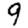
Digit: 9